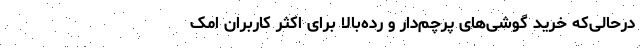
درحالی‌که خرید گوشی‌های پرچم‌دار و رده‌بالا برای اکثر کاربران امک